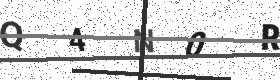
Text: Q4N0R